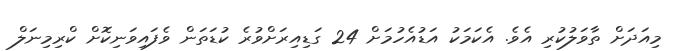
މިއަދަށް ތާވަލުކުރި އެވެ. އެކަމަކު އަޑުއެހުމަށް 24 ގަޑިއިރަށްވުރެ ކުޑަތަން ވެފައިވަނިކޮށް ކްރިމިނަލް